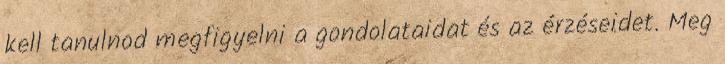
kell tanulnod megfigyelni a gondolataidat és az érzéseidet. Meg